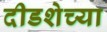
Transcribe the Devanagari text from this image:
दीडशेच्या